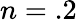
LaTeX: n=.2